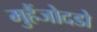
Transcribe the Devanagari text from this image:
मुहैंजोदडो